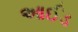
આઈડ